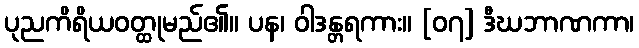
ပုညကိရိယဝတ္ထုမည်၏။ ပန၊ ဝါဒန္တရကား။ [၀၇] ဒီဃဘာဏကာ၊